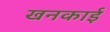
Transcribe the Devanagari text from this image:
खनकाई